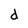
Character: d